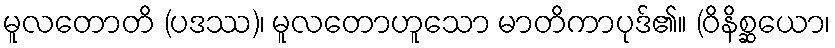
မူလတောတိ (ပဒဿ)၊ မူလတောဟူသော မာတိကာပုဒ်၏။ (ဝိနိစ္ဆယော၊